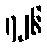
၇၂၆